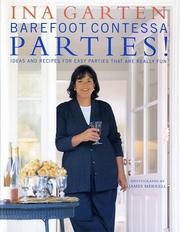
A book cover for Barefoot Contessa Parties! Ideas And Recipes That Are Really Fun; Ina Garten; Cookbooks, Food & Wine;